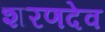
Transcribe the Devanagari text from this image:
शरणदेव